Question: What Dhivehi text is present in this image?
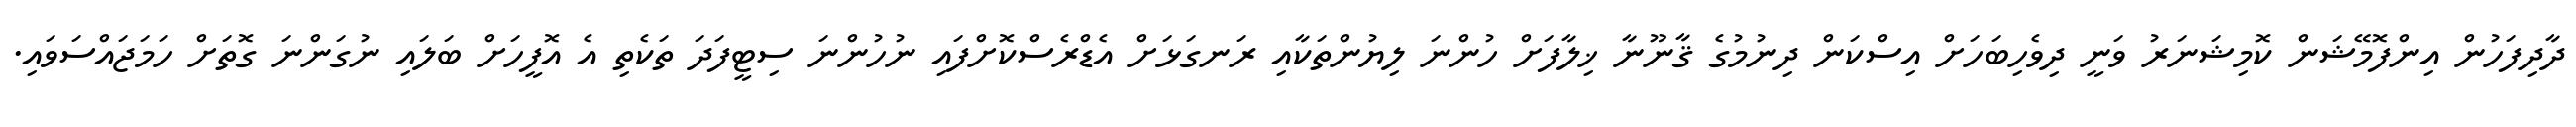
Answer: ދާދިފަހުން އިންފޮމޭޝަން ކޮމިޝަނަރު ވަނީ ދިވެހިބަހަށް އިސްކަން ދިނުމުގެ ޤާނޫނާ ޚިލާފަށް ހުންނަ ލިޔުންތަކާއި ރަނގަޅަށް އެޑްރެސްކޮށްފައި ނުހުންނަ ސިޓީފަދަ ތަކެތި އެ އޮފީހަށް ބަލައި ނުގަންނަ ގޮތަށް ހަމަޖައްސަވައި.